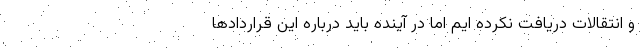
و انتقالات دریافت نکرده ایم اما در آینده باید درباره این قراردادها